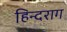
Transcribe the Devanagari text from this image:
हिन्दराग